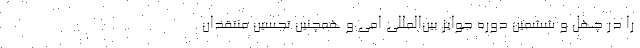
را در چهل‌ و ششمین دوره جوایز بین‌المللی امی و همچنین تحسین منتقدان